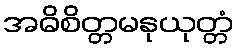
အဓိစိတ္တမနုယုတ္တံ